Vaccination in Bombay 1924-1928 - 1924-1928
Year: 1924
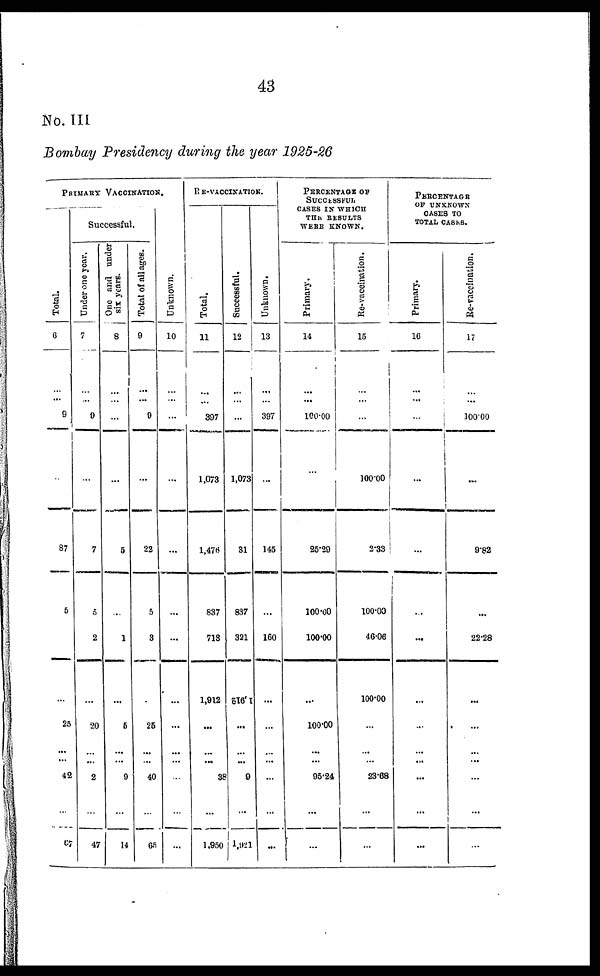
43
No. III
Bombay Presidency during the year 1925-26
PRIMARY VACCINATION.
Total.
6
...
...
9
...
87
5
...
25
...
...
42
...
67
Successful.
Under one year.
7
...
...
9
...
7
5
2
...
20
...
...
2
...
47
One and under
six years.
8
...
...
...
...
5
...
1
...
5
...
...
9
...
14
Total of all ages.
9
...
...
9
...
22
5
3
...
25
...
...
40
...
65
Unknown.
10
...
...
...
...
...
...
...
...
...
...
...
...
...
...
RE-VACCINATION.
Total.
11
...
...
397
1,073
1,476
837
718
1,912
...
...
...
38
...
1,960
Successful.
12
...
...
...
1,073
31
837
321
1,912
...
...
...
9
...
1,921
Unknown.
13
...
...
397
...
145
...
160
...
...
...
...
...
...
...
PERCENTAGE OF
SUCCESSFUL
CASES IN WHICH
THE RESULTS
WERE KNOWN.
Primary.
14
...
...
100.00
...
25.29
100.00
100.00
...
100.00
...
...
95.24
...
...
Re-vaccination.
15
...
...
...
100.00
2.33
100.00
46.06
100.00
...
...
...
23.68
...
...
PERCENTAGE
OF UNKNOWN
CASES TO
TOTAL CASES.
Primary.
16
...
...
...
...
...
...
...
...
...
...
...
...
...
...
Re-vaccination.
17
...
...
100.00
...
9.82
...
22.28
...
...
...
...
...
...
...